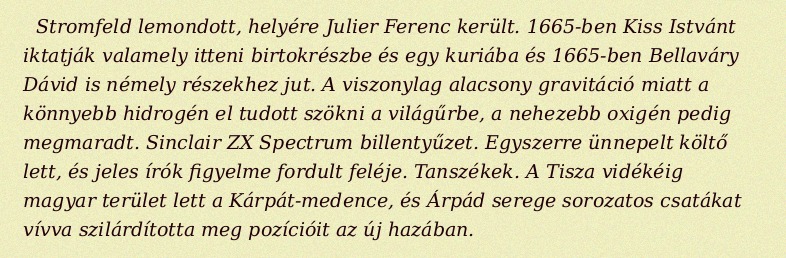
Stromfeld lemondott, helyére Julier Ferenc került. 1665-ben Kiss Istvánt iktatják valamely itteni birtokrészbe és egy kuriába és 1665-ben Bellaváry Dávid is némely részekhez jut. A viszonylag alacsony gravitáció miatt a könnyebb hidrogén el tudott szökni a világűrbe, a nehezebb oxigén pedig megmaradt. Sinclair ZX Spectrum billentyűzet. Egyszerre ünnepelt költő lett, és jeles írók figyelme fordult feléje. Tanszékek. A Tisza vidékéig magyar terület lett a Kárpát-medence, és Árpád serege sorozatos csatákat vívva szilárdította meg pozícióit az új hazában.